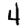
Digit: 4